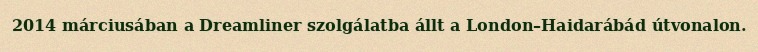
2014 márciusában a Dreamliner szolgálatba állt a London–Haidarábád útvonalon.